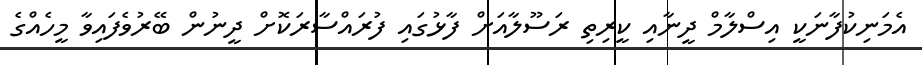
އެމަނިކުފާނަކީ އިސްލާމް ދީނާއި ކީރިތި ރަސޫލާއަށް ފާޅުގައި ފުރައްސާރަކޮށް ދީނުން ބޭރުވެފައިވާ މީހެއްގެ